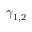
\gamma _ { 1 , 2 }